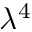
\lambda ^ { 4 }